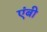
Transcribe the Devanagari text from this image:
एंबी